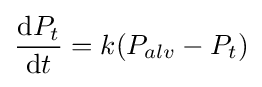
{\dfrac {\mathrm {d} P_{t}}{\mathrm {d} t}}=k(P_{alv}-P_{t})